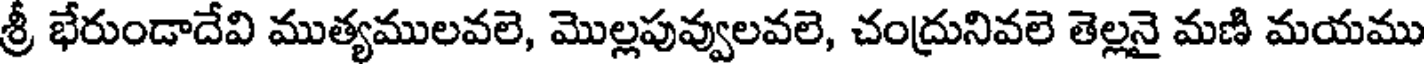
శ్రీ భేరుండాదేవి ముత్యములవలె, మొల్లపువ్వులవలె, చంద్రునివలె తెల్లనై మణి మయము